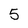
Character: 5